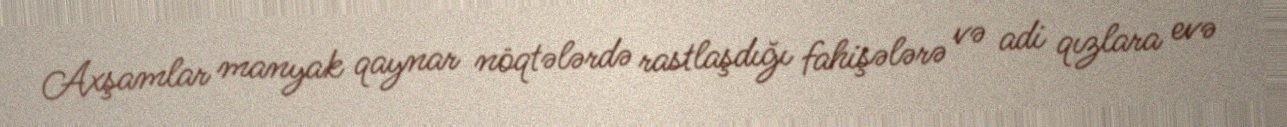
Axşamlar manyak qaynar nöqtələrdə rastlaşdığı fahişələrə və adi qızlara evə